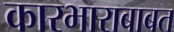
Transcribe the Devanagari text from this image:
कारभाराबाबत